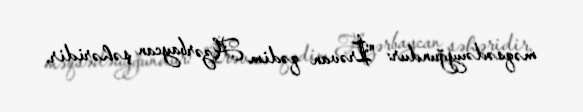
məqsədəuyğundur: "İrəvan qədim Azərbaycan şəhəridir.